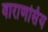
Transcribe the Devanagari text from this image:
वाराणसिंय